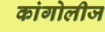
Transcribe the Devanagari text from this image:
कांगोलीज